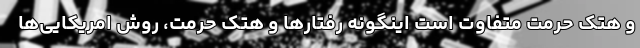
و هتک حرمت متفاوت است اینگونه رفتارها و هتک حرمت، روش امریکایی‌ها